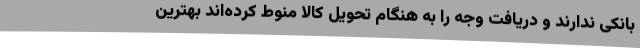
بانکی ندارند و دریافت وجه را به هنگام تحویل کالا منوط کرده‌اند بهترین